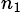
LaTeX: ^{n_{1}}